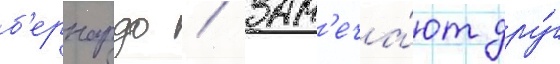
б'ернардо / зам'еча́ют дру́г